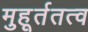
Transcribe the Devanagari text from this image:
मुहूर्ततत्व